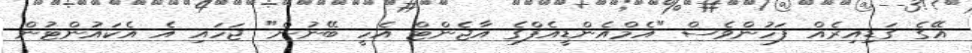
އޭގެ ގަޑިއިރެއް ފަހުންވެސް "އެމްއެންޑީއެފްގެ އާޖެންޓް އެހީ ބޭނުން" ޖަހައި އެ އެކައުންޓުން